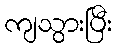
ကျသွားပြီး